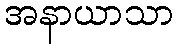
အနာယာသာ